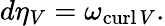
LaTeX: d\eta_{V}=\omega_{\operatorname{curl}V}.